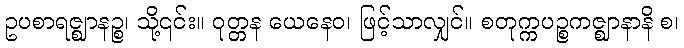
ဥပစာရဇ္ဈာနဉ္စ၊ သို့၎င်း။ ဝုတ္တန ယေနေဝ၊ ဖြင့်သာလျှင်။ စတုက္ကပဉ္စကဇ္ဈာနာနိ စ၊